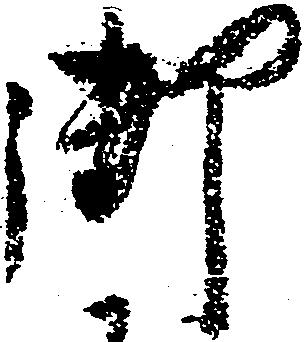
御